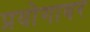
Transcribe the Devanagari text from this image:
प्रयोगावर